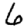
Digit: 6